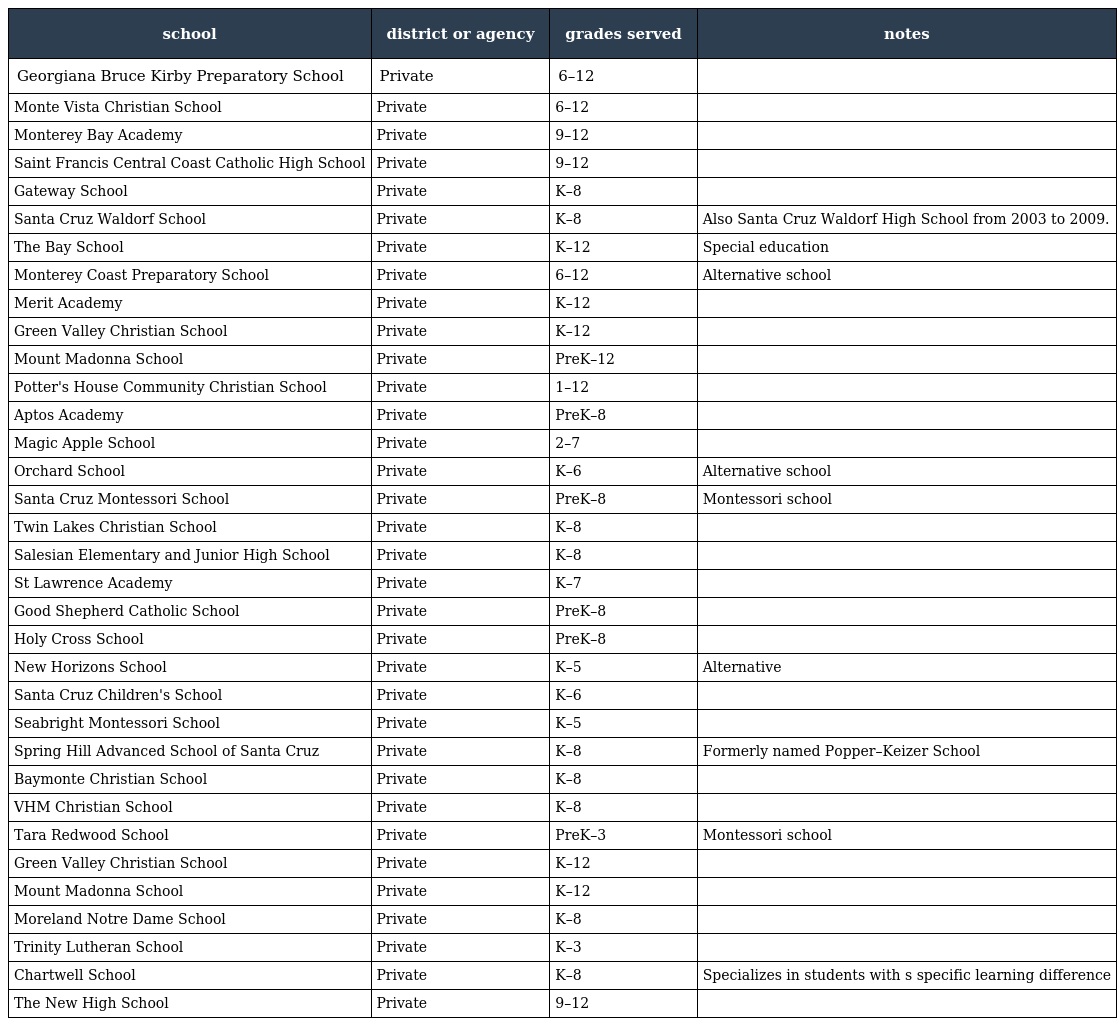
| school | district or agency | grades served | notes |
 | --- | --- | --- | --- |
 | Georgiana Bruce Kirby Preparatory School | Private | 6–12 |  |
 | Monte Vista Christian School | Private | 6–12 |  |
 | Monterey Bay Academy | Private | 9–12 |  |
 | Saint Francis Central Coast Catholic High School | Private | 9–12 |  |
 | Gateway School | Private | K–8 |  |
 | Santa Cruz Waldorf School | Private | K–8 | Also Santa Cruz Waldorf High School from 2003 to 2009. |
 | The Bay School | Private | K–12 | Special education |
 | Monterey Coast Preparatory School | Private | 6–12 | Alternative school |
 | Merit Academy | Private | K–12 |  |
 | Green Valley Christian School | Private | K–12 |  |
 | Mount Madonna School | Private | PreK–12 |  |
 | Potter's House Community Christian School | Private | 1–12 |  |
 | Aptos Academy | Private | PreK–8 |  |
 | Magic Apple School | Private | 2–7 |  |
 | Orchard School | Private | K–6 | Alternative school |
 | Santa Cruz Montessori School | Private | PreK–8 | Montessori school |
 | Twin Lakes Christian School | Private | K–8 |  |
 | Salesian Elementary and Junior High School | Private | K–8 |  |
 | St Lawrence Academy | Private | K–7 |  |
 | Good Shepherd Catholic School | Private | PreK–8 |  |
 | Holy Cross School | Private | PreK–8 |  |
 | New Horizons School | Private | K–5 | Alternative |
 | Santa Cruz Children's School | Private | K–6 |  |
 | Seabright Montessori School | Private | K–5 |  |
 | Spring Hill Advanced School of Santa Cruz | Private | K–8 | Formerly named Popper–Keizer School |
 | Baymonte Christian School | Private | K–8 |  |
 | VHM Christian School | Private | K–8 |  |
 | Tara Redwood School | Private | PreK–3 | Montessori school |
 | Green Valley Christian School | Private | K–12 |  |
 | Mount Madonna School | Private | K–12 |  |
 | Moreland Notre Dame School | Private | K–8 |  |
 | Trinity Lutheran School | Private | K–3 |  |
 | Chartwell School | Private | K–8 | Specializes in students with s specific learning difference |
 | The New High School | Private | 9–12 |  |